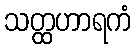
သတ္ထဟာရကံ